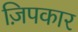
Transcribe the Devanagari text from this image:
ज़िपकार